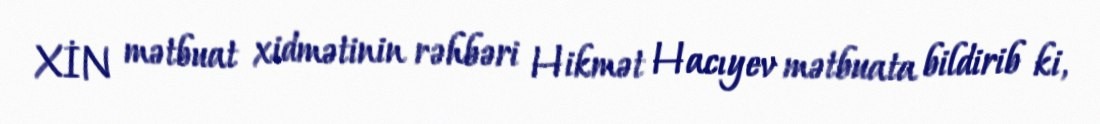
XİN mətbuat xidmətinin rəhbəri Hikmət Hacıyev mətbuata bildirib ki,